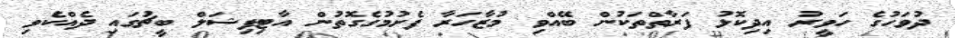
ދުވަހުގެ ހަވީރު އިދިކޮޅު ފަރާތްތަކުން ބޭއްވި މުޒާހަރާ ފެށުމުގެގޮތުން އާޓިފިޝަލް ބީޗުގައި ދެއްކެވި